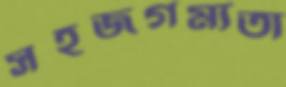
সহজগম্যতা